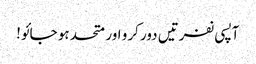
آپسی نفرتیں دور کرو اور متحد ہو جائو!